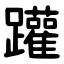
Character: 䠰